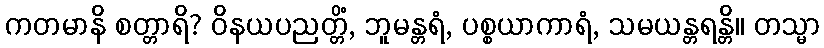
ကတမာနိ စတ္တာရိ? ဝိနယပညတ္တိံ, ဘူမန္တရံ, ပစ္စယာကာရံ, သမယန္တရန္တိ။ တသ္မာ